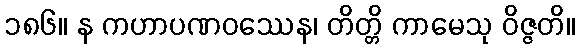
၁၈၆။ န ကဟာပဏဝဿေန၊ တိတ္တိ ကာမေသု ဝိဇ္ဇတိ။